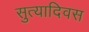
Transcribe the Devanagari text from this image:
सुत्यादिवस